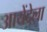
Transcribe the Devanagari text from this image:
आयेंदेला